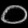
Digit: ၀